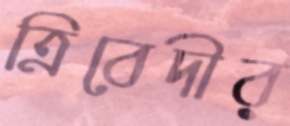
ত্রিবেদীর